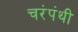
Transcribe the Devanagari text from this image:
चरंपंथी